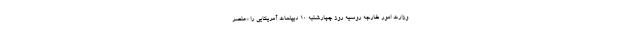
وزارت امور خارجه روسیه روز چهارشنبه 10 دیپلمات آمریکایی را «عنصر